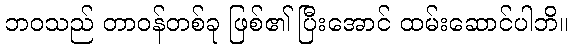
ဘဝသည် တာဝန်တစ်ခု ဖြစ်၏ ပြီးအောင် ထမ်းဆောင်ပါဘိ။